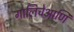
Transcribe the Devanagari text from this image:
गालिचेआणि